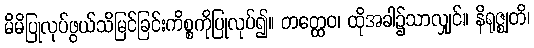
မိမိပြုလုပ်ဖွယ်သိမြင်ခြင်းကိစ္စကိုပြုလုပ်၍။ တတ္ထေဝ၊ ထိုအခါ၌သာလျှင်။ နိရုဇ္ဈတိ၊